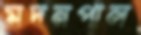
মদনপাল